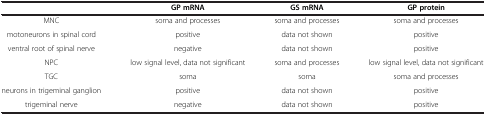
|  | GP mRNA | GS mRNA | GP protein |
 | --- | --- | --- | --- |
 | MNC | soma and processes | soma and processes | soma and processes |
 | motoneurons in spinal cord | positive | data not shown | positive |
 | ventral root of spinal nerve | negative | data not shown | positive |
 | NPC | low signal level, data not significant | soma and processes | low signal level, data not significant |
 | TGC | soma | soma | soma and processes |
 | neurons in trigeminal ganglion | positive | data not shown | positive |
 | trigeminal nerve | negative | data not shown | positive |